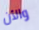
والأن